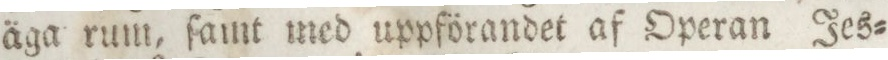
äga rum, ſamt med uppförandet af Operan Jes=